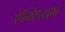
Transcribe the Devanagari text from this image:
ऐक्सियम